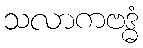
သလာကဗဒ္ဓံ